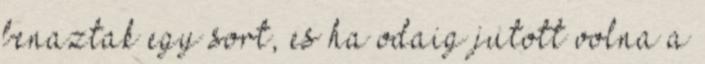
benaztak egy sort, es ha odaig jutott volna a